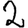
Digit: 2